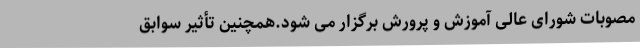
مصوبات شورای عالی آموزش و پرورش برگزار می شود.همچنین تأثیر سوابق